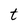
Character: t